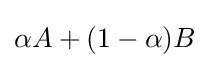
\alpha A+(1-\alpha )B